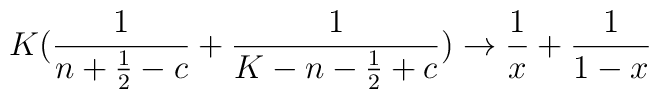
K({1\over n+{1\over2}-c}+{1\over K-n-{1\over2}+c})        \rightarrow {1\over x}+{1\over 1-x}